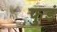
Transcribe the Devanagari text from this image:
फुडं